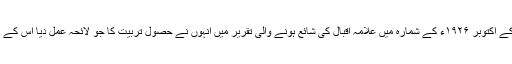
گجرات سے شائع ہونے والے ایک قدیم رسالہ صوفی کے اکتوبر ۱۹۲۶ء کے شمارہ میں علامہ اقبال کی شائع ہونے والی تقریر میں انہوں نے حصول تربیت کا جو لائحہ عمل دیا اس کے مطابق ان جذبات کو قائم رکھنے کے تین طریقے ہیں۔